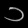
Digit: ၁